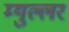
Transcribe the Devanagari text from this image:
म्युल्लर